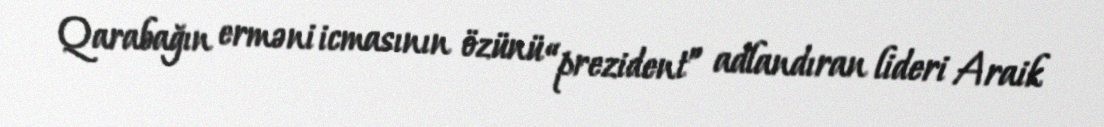
Qarabağın erməni icmasının özünü “prezident” adlandıran lideri Araik